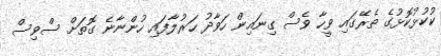
ކުކުޅުކޮޅުގެ ތެރޭގައި ވީހާ ވެސް ގިނައިން ހަވާދު ހަރުލާފައި ހުންނާނެ ގޮތަށް ސްވިސް